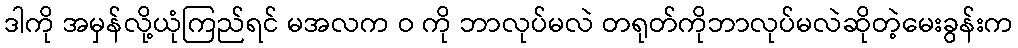
ဒါကို အမှန်လို့ယုံကြည်ရင် မအလက ဝ ကို ဘာလုပ်မလဲ တရုတ်ကိုဘာလုပ်မလဲဆိုတဲ့မေးခွန်းက